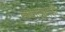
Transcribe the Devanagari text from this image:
संवादातही